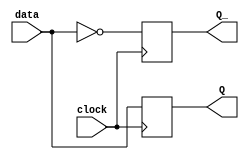
module neg_edge_D_flip_flop (
    input data,
    input clock,
    output reg Q,
    output reg Q_
);

always @ (negedge clock)
begin
    Q <= data;
    Q_ <= ~data;
end

endmodule